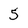
Character: 5